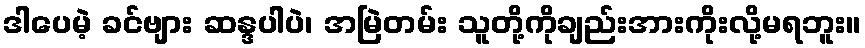
ဒါပေမဲ့ ခင်ဗျား ဆန္ဒပါပဲ၊ အမြဲတမ်း သူတို့ကိုချည်းအားကိုးလို့မရဘူး။